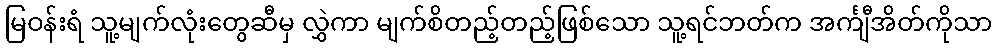
မြဝန်းရံ သူ့မျက်လုံးတွေဆီမှ လွှဲကာ မျက်စိတည့်တည့်ဖြစ်သော သူ့ရင်ဘတ်က အင်္ကျီအိတ်ကိုသာ